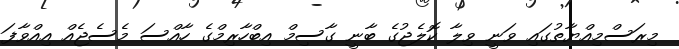
މިރަސްމިއްޔާތުގައި ވަނީ ވިލާ ކޮލެޖުގެ ބާނީ ގާސިމް އިބްހާރިމްގެ ހާއްސަ މެސެޖެއް އިއްވާފަ